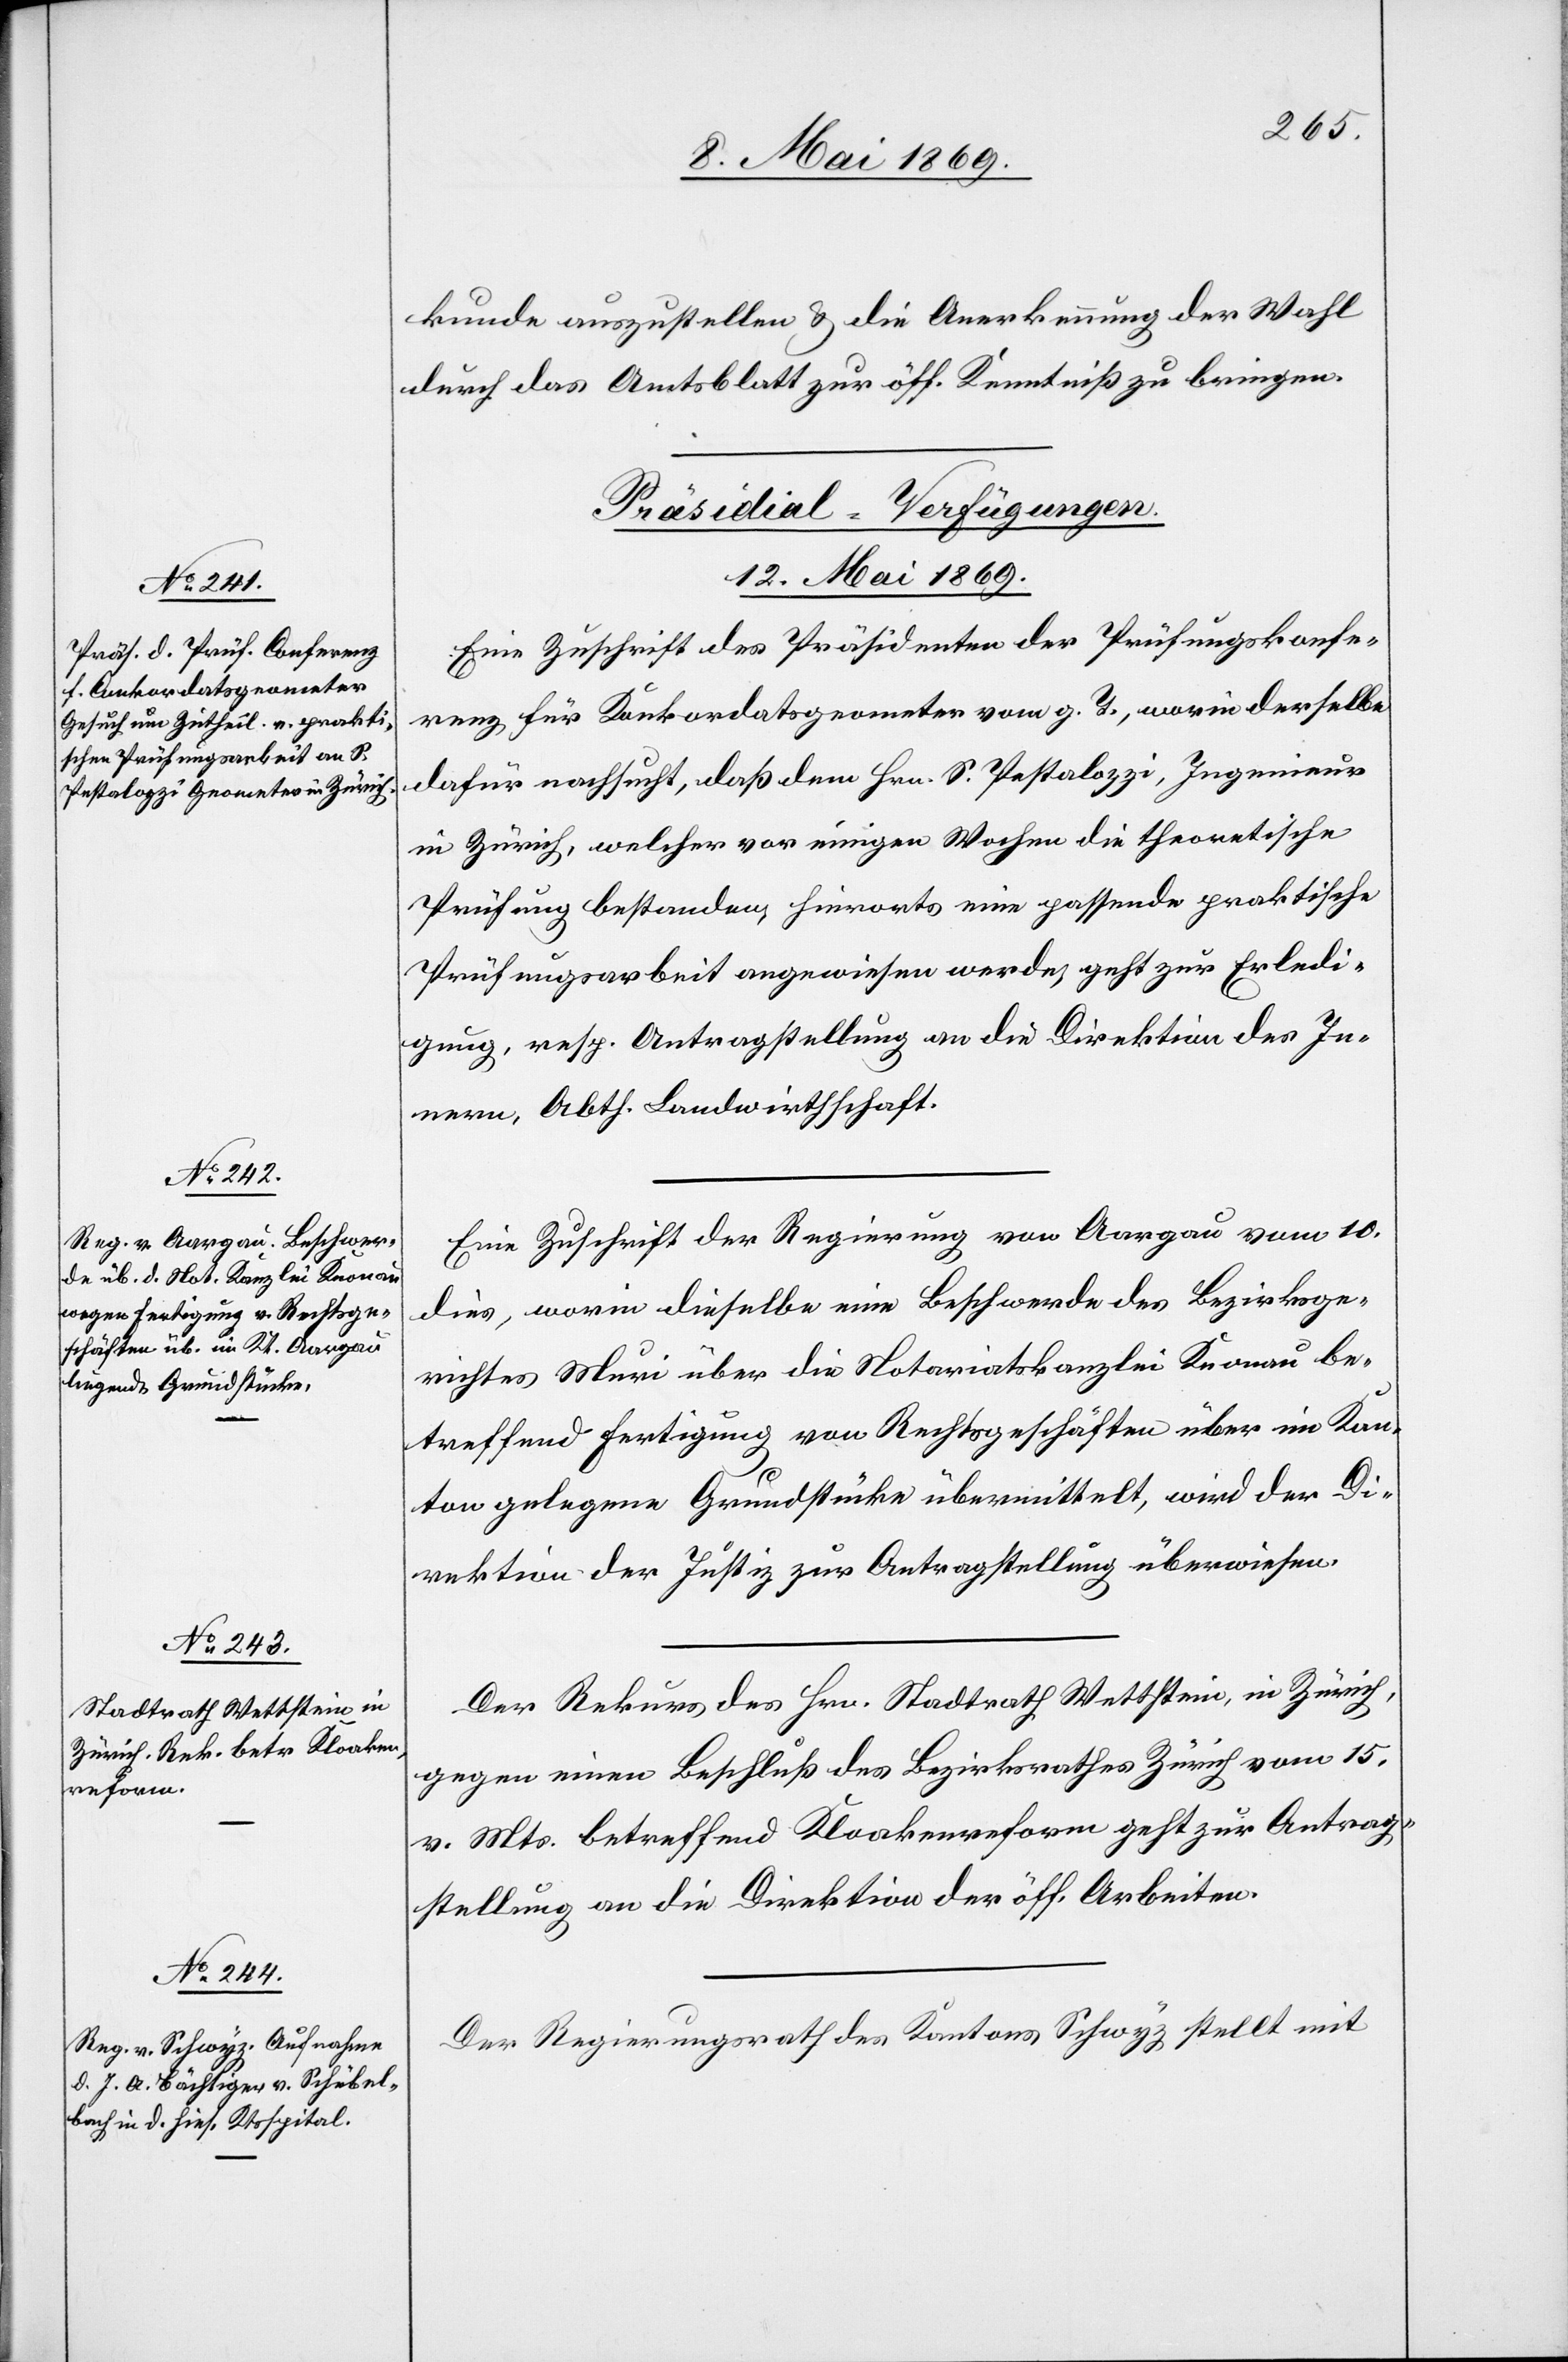
vom 10.

kunde auszustellen u. die Anerkennung der Wahl
durch das Amtsblatt zur öff. Kenntniß zu bringen.
[Präsidial-Verfügungen.
12. Mai 1869.]
Eine Zuschrift des Präsidenten der Prüfungskonfe¬
renz für Konkordatsprometer vom g. T., worin derselbe
dafür nachsucht, daß dem Hrn. S. Pestalozzi, Ingenieur
in Zürich, welcher vor einigen Wochen die theoretische
Prüfung bestanden, hierorts eine passende praktische
Prüfungsarbeit angewiesen werde, geht zur Erledi¬
gung, resp. Antragstellung an die Direktion des In¬
nern, Abth. Landwirthschaft.
dies, worin dieselbe eine Beschwerde des Bezirksge¬
richtes Muri über die Notariatskanzlei Knonau be¬
treffend Fertigung von Rechtsgeschäften über im Kan¬
ton gelegene Grundstücke übermittelt, wird der Di¬
rektion der Justiz zur Antragstellung überwiesen.
Der Rekurs des Hrn. Stadtrath Wettstein, in Zürich,
gegen einen Beschluß des Bezirksrathes Zürich vom 15.
v. Mts. betreffend Kloakenreform geht zur Antrag¬
stellung an die Direktion der öff. Arbeiten.
Der Regierungsrath des Kantons Schwyz stellt mit